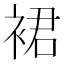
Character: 裙